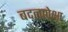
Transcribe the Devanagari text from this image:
बदलापेक्षा